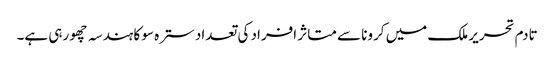
تادم تحریر ملک میں کرونا سے متاثر افراد کی تعداد سترہ سو کا ہندسہ چھو رہی ہے۔